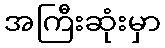
အကြီးဆုံးမှာ